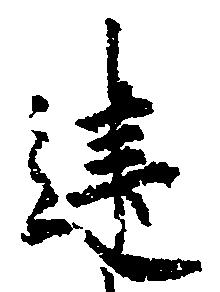
建